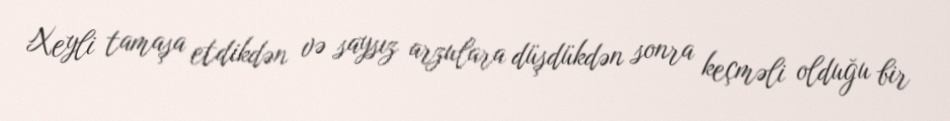
Xeyli tamaşa etdikdən və saysız arzulara düşdükdən sonra keçməli olduğu bir